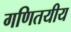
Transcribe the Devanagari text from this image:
गणितयीय